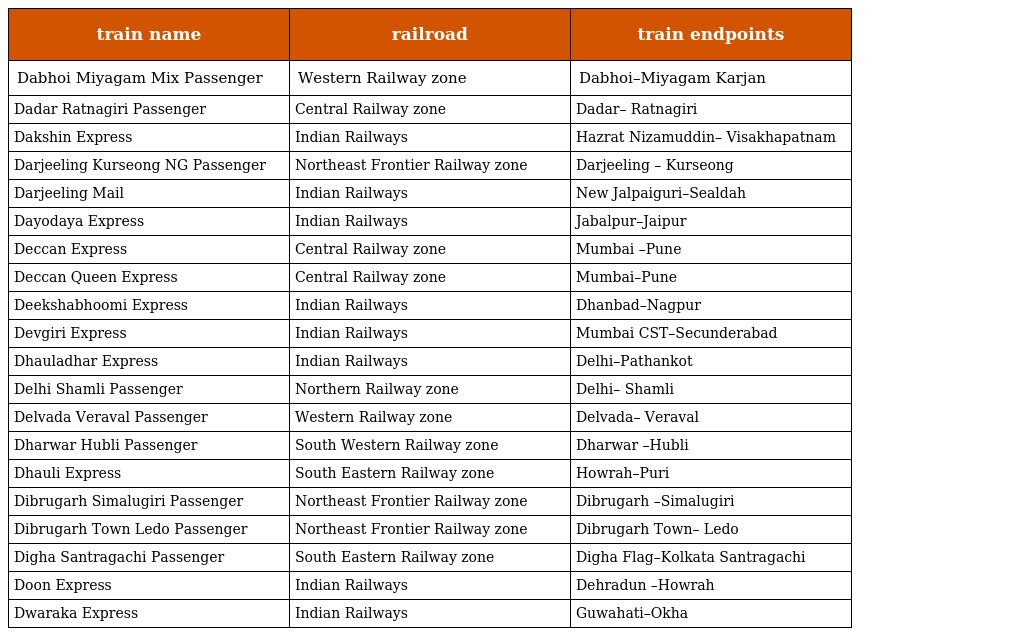
| train name | railroad | train endpoints |
 | --- | --- | --- |
 | Dabhoi Miyagam Mix Passenger | Western Railway zone | Dabhoi–Miyagam Karjan |
 | Dadar Ratnagiri Passenger | Central Railway zone | Dadar– Ratnagiri |
 | Dakshin Express | Indian Railways | Hazrat Nizamuddin– Visakhapatnam |
 | Darjeeling Kurseong NG Passenger | Northeast Frontier Railway zone | Darjeeling – Kurseong |
 | Darjeeling Mail | Indian Railways | New Jalpaiguri–Sealdah |
 | Dayodaya Express | Indian Railways | Jabalpur–Jaipur |
 | Deccan Express | Central Railway zone | Mumbai –Pune |
 | Deccan Queen Express | Central Railway zone | Mumbai–Pune |
 | Deekshabhoomi Express | Indian Railways | Dhanbad–Nagpur |
 | Devgiri Express | Indian Railways | Mumbai CST–Secunderabad |
 | Dhauladhar Express | Indian Railways | Delhi–Pathankot |
 | Delhi Shamli Passenger | Northern Railway zone | Delhi– Shamli |
 | Delvada Veraval Passenger | Western Railway zone | Delvada– Veraval |
 | Dharwar Hubli Passenger | South Western Railway zone | Dharwar –Hubli |
 | Dhauli Express | South Eastern Railway zone | Howrah–Puri |
 | Dibrugarh Simalugiri Passenger | Northeast Frontier Railway zone | Dibrugarh –Simalugiri |
 | Dibrugarh Town Ledo Passenger | Northeast Frontier Railway zone | Dibrugarh Town– Ledo |
 | Digha Santragachi Passenger | South Eastern Railway zone | Digha Flag–Kolkata Santragachi |
 | Doon Express | Indian Railways | Dehradun –Howrah |
 | Dwaraka Express | Indian Railways | Guwahati–Okha |